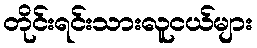
တိုင်းရင်းသားလူငယ်များ